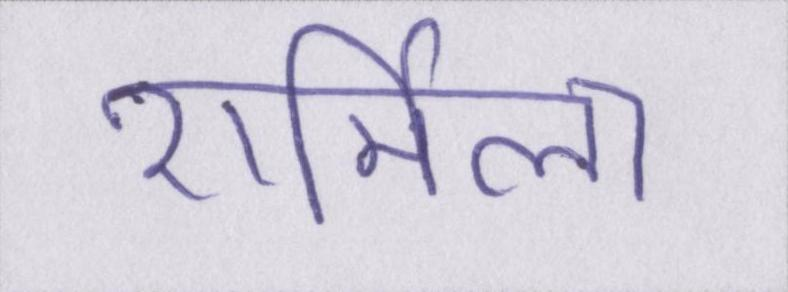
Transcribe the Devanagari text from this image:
शर्मिला